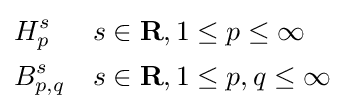
{\begin{aligned}&H_{p}^{s}&&s\in \mathbf {R} ,1\leq p\leq \infty \\&B_{p,q}^{s}&&s\in \mathbf {R} ,1\leq p,q\leq \infty \end{aligned}}